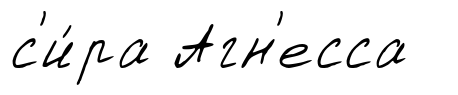
с'и́ра Агн'есса